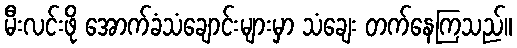
မီးလင်းဖို အောက်ခံသံချောင်းများမှာ သံချေး တက်နေကြသည်။